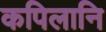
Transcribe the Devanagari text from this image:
कपिलानि